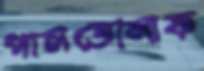
পালতোলাফ